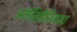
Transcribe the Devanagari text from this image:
अमेरिकेशिवाय